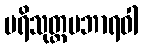
ပရိသုတ္တမဘာရဝါ